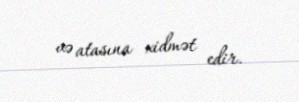
və atasına xidmət edir.